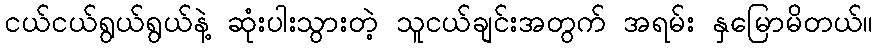
ငယ်ငယ်ရွယ်ရွယ်နဲ့ ဆုံးပါးသွားတဲ့ သူငယ်ချင်းအတွက် အရမ်း နှမြောမိတယ်။